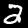
Label: 2